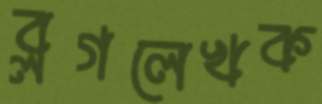
ব্লগলেখক